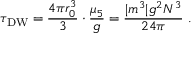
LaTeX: \tau _ { \mathrm { D W } } = \frac { 4 \pi r _ { 0 } ^ { 3 } } { 3 } \cdot \frac { \mu _ { 5 } } { g } = \frac { | m ^ { 3 } | g ^ { 2 } N ^ { 3 } } { 2 4 \pi } \ .